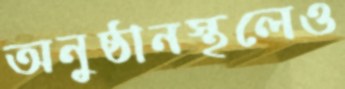
অনুষ্ঠানস্থলেও